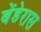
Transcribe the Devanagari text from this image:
बेंडेरास